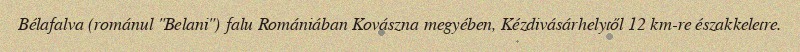
Bélafalva (románul "Belani") falu Romániában Kovászna megyében, Kézdivásárhelytől 12 km-re északkeletre.